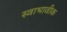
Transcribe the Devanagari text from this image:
स्वाभावीक